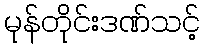
မုန်တိုင်းဒဏ်သင့်